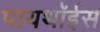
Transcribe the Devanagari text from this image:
पायथॉईस